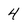
Character: 4